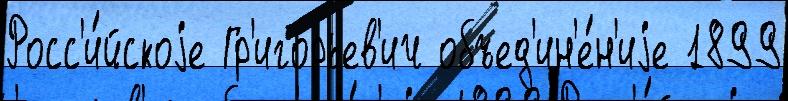
Росс'и́йскоjе Гр'игорьев'ич объед'ин'е́н'иjе 1899